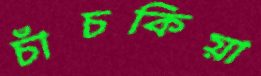
চাঁচকিয়া